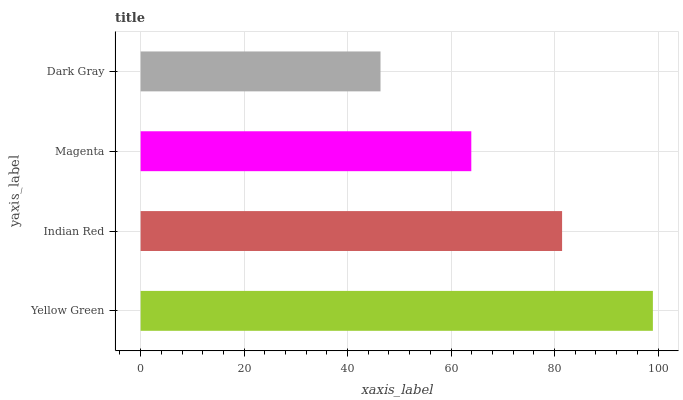
| yaxis_label | bars |
 | --- | --- |
 | Yellow Green | 99 |
 | Indian Red | 81.5 |
 | Magenta | 63.9 |
 | Dark Gray | 46.4 |